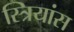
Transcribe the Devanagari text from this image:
स्त्रियांस